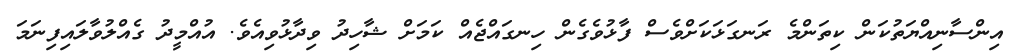
އިންސާނިއްޔަތުކަން ކިތަންމެ ރަނގަޅަކަށްވެސް ފާޅުވެގެން ހިނގައްޖެއް ކަމަށް ޝާހިދު ވިދާޅުވިއެވެ. އުއްމީދު ގެއްލުވާލައިފިނަމަ